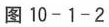
图10-1-2